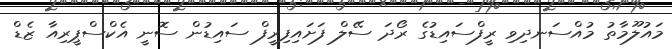
މައުލޫމާތު މުއްސަނދިވި ރީފްސައިޑުގެ ރޯދަ ސޭލް ފަށައިފިރީފް ސައިޑުން ސޮނީ އެކްސްޕީރިއާ ޒެޑް